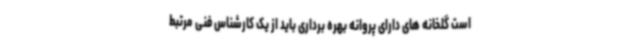
است گلخانه های دارای پروانه بهره برداری باید از یک کارشناس فنی مرتبط